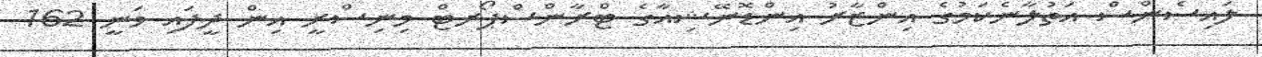
ލައިސެންސް އަތުލާނެކަމުގެ އިންޒާރު އިންޑޮނޭޝިއާގެ ޓްރާންސްޕޯރޓް މިނިސްރީ އިން ދީފައި ވަނީ 162